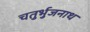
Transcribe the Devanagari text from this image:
चतुर्भुजनाथ